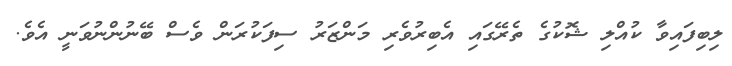
ލިބިފައިވާ ކުއްލި ޝޮކުގެ ތެރޭގައި އެބިރުވެރި މަންޒަރު ސިފަކުރަން ވެސް ބޭނުންނުވަނީ އެވެ.